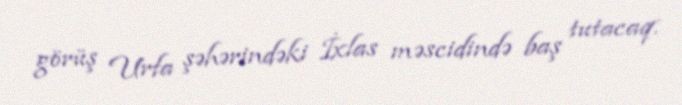
görüş Urfa şəhərindəki İxlas məscidində baş tutacaq.